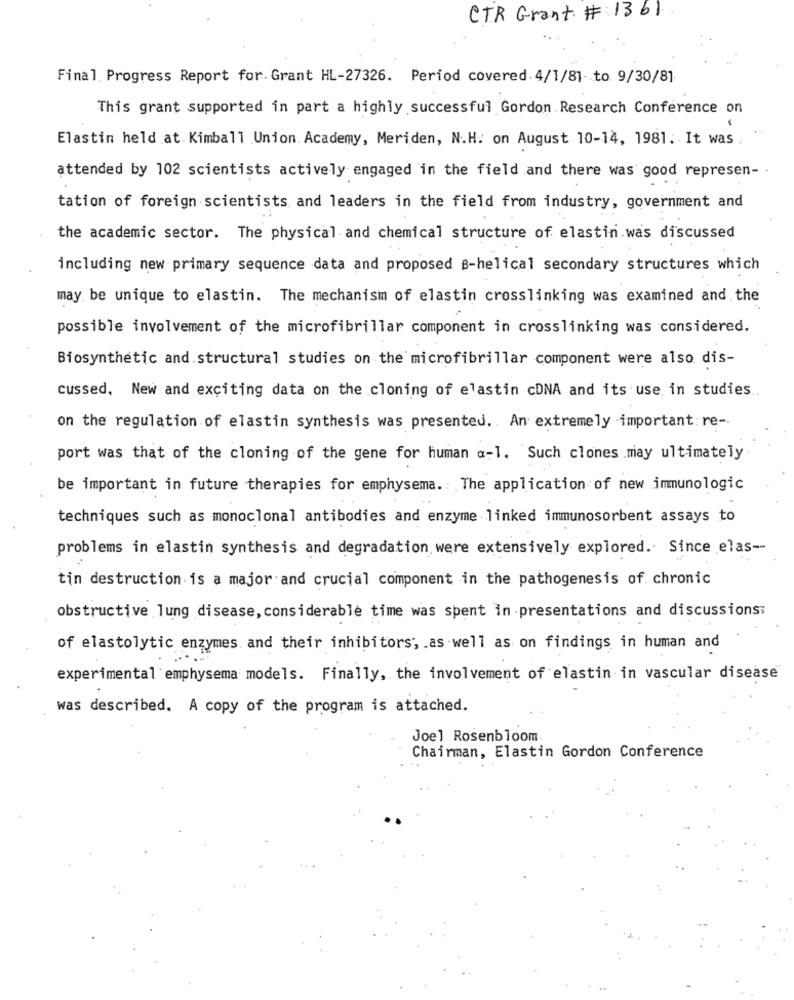
CTR Grant # 1361
Final. Progress Report for. Grant HL-27326. Period covered. 4/1/81- to 9/30/81
This grant supported in part a highly successful Gordon Research Conference on
Elastin held at Kimball Union. Academy, Meriden, N.H. on August 10-14, 1981. It was
attended by 102 scientists actively engaged in the field and there was good represen- .
tation of foreign scientists and leaders in the field from industry, government and
the academic sector. The physical and chemical structure of elastin.was discussed
including new primary sequence data and proposed B-helical secondary structures which
may be unique to elastin. The mechanism of elastin crosslinking was examined and the
possible involvement of the microfibrillar component in crosslinking was considered.
Biosynthetic and structural studies on the microfibrillar component were also dis-
cussed. New and exciting data on the cloning of elastin cDNA and its use in studies
on the regulation of elastin synthesis was presented .. An extremely important: re -.
port was that of the cloning of the gene for human a-1. Such clones may ultimately
be important in future therapies for emphysema. The application of new immunologic
techniques such as monoclonal antibodies and enzyme linked immunosorbent assays to
problems in elastin synthesis and degradation were extensively explored. Since elas --
tin destruction is a major and crucial component in the pathogenesis of. chronic
obstructive lung disease, considerable time was spent in presentations and discussions:
of elastolytic enzymes and their inhibitors, . as well as on findings in human and
experimental emphysema models. Finally, the involvement of elastin in vascular disease
was described. A copy of the program is attached.
Joel Rosenbloom
Chairman, Elastin Gordon Conference